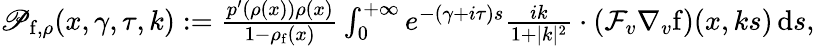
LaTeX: \begin{array}{r}{\mathscr{P}_{\mathrm{f},\rho}(x,\gamma,\tau,k):=\frac{p^{\prime}(\rho(x))\rho(x)}{1-\rho_{\mathrm{f}}(x)}\int_{0}^{+\infty}e^{-(\gamma+i\tau)s}\frac{ik}{1+\vert k\vert^{2}}\cdot\left(\mathcal{F}_{v}\nabla_{v}\mathrm{f}\right)(x,ks)\, \mathrm{d}s,}\end{array}